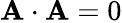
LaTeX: \mathbf{A\cdot A}=0